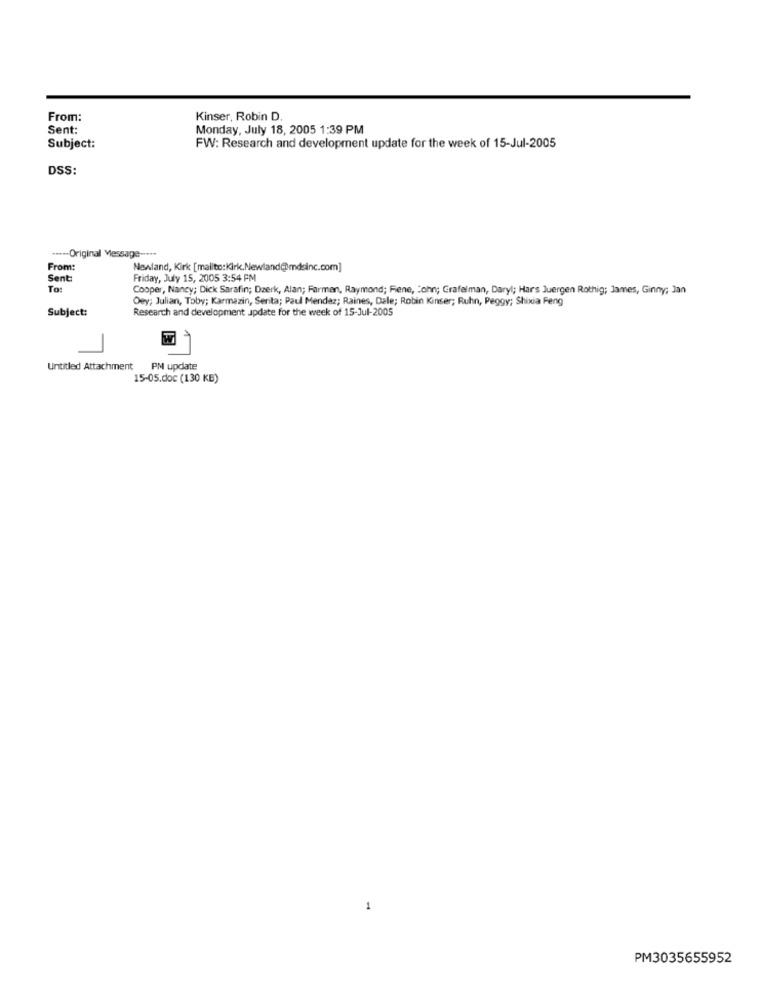
From:
Kinser, Robin D.
Sent:
Monday, July 18, 2005 1:39 PM
Subject:
FW: Research and development update for the week of 15-Jul-2005
DSS:
***-- Original Message -....
From:
Newland, Kirk [mailto:Kirk.Newland@mdsinc.com]
Sent
Friday, July 15, 2005 3:54 PM
To
Cooper, Nancy; Dick Sarafin; Dzerk, Alan; Farmen, Raymond; Fene, John; Grafelman, Daryl; Hars Juergen Rothig; James, Ginny; Jan
Oey; Julian, Toby; Karmazin, Serita; Paul Mendez; Raines, Dale; Robin Kinser; Ruhn, Peggy; Shixia Feng
Subject:
Research and development update for the week of 15-Jul-2005
Untitled Attachment
PM update
15-05.doc (130 KB)
1
PM3035655952